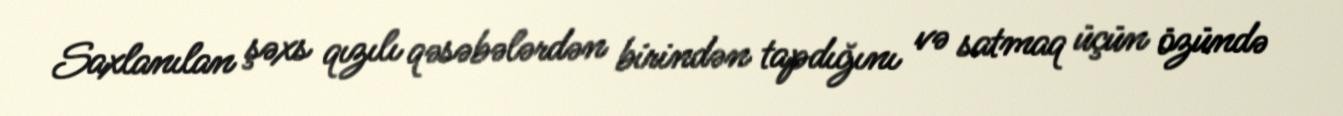
Saxlanılan şəxs qızılı qəsəbələrdən birindən tapdığını və satmaq üçün özündə